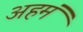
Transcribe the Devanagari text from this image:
अहमं